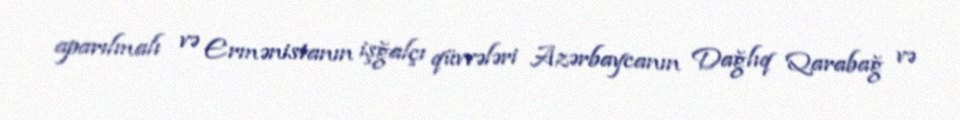
aparılmalı və Ermənistanın işğalçı qüvvələri Azərbaycanın Dağlıq Qarabağ və